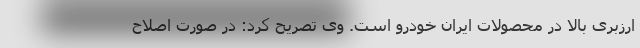
ارزبری بالا در محصولات ایران خودرو است. وی تصریح کرد: در صورت اصلاح